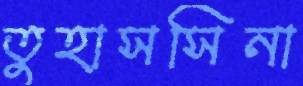
তুহাসসিনা